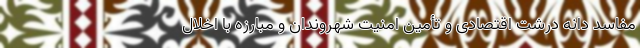
مفاسد دانه درشت اقتصادی و تأمین امنیت شهروندان و مبارزه با اخلال